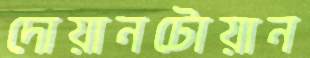
দোয়ানটোয়ান